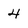
Character: 4